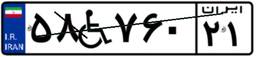
۵۸W۷۶۰۲۱